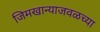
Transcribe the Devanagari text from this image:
जिमखान्याजवळच्या